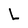
Character: L